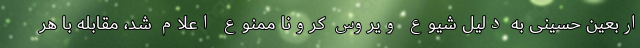
اربعین حسینی به دلیل شیوع ویروس کرونا ممنوع اعلام شد، مقابله با هر